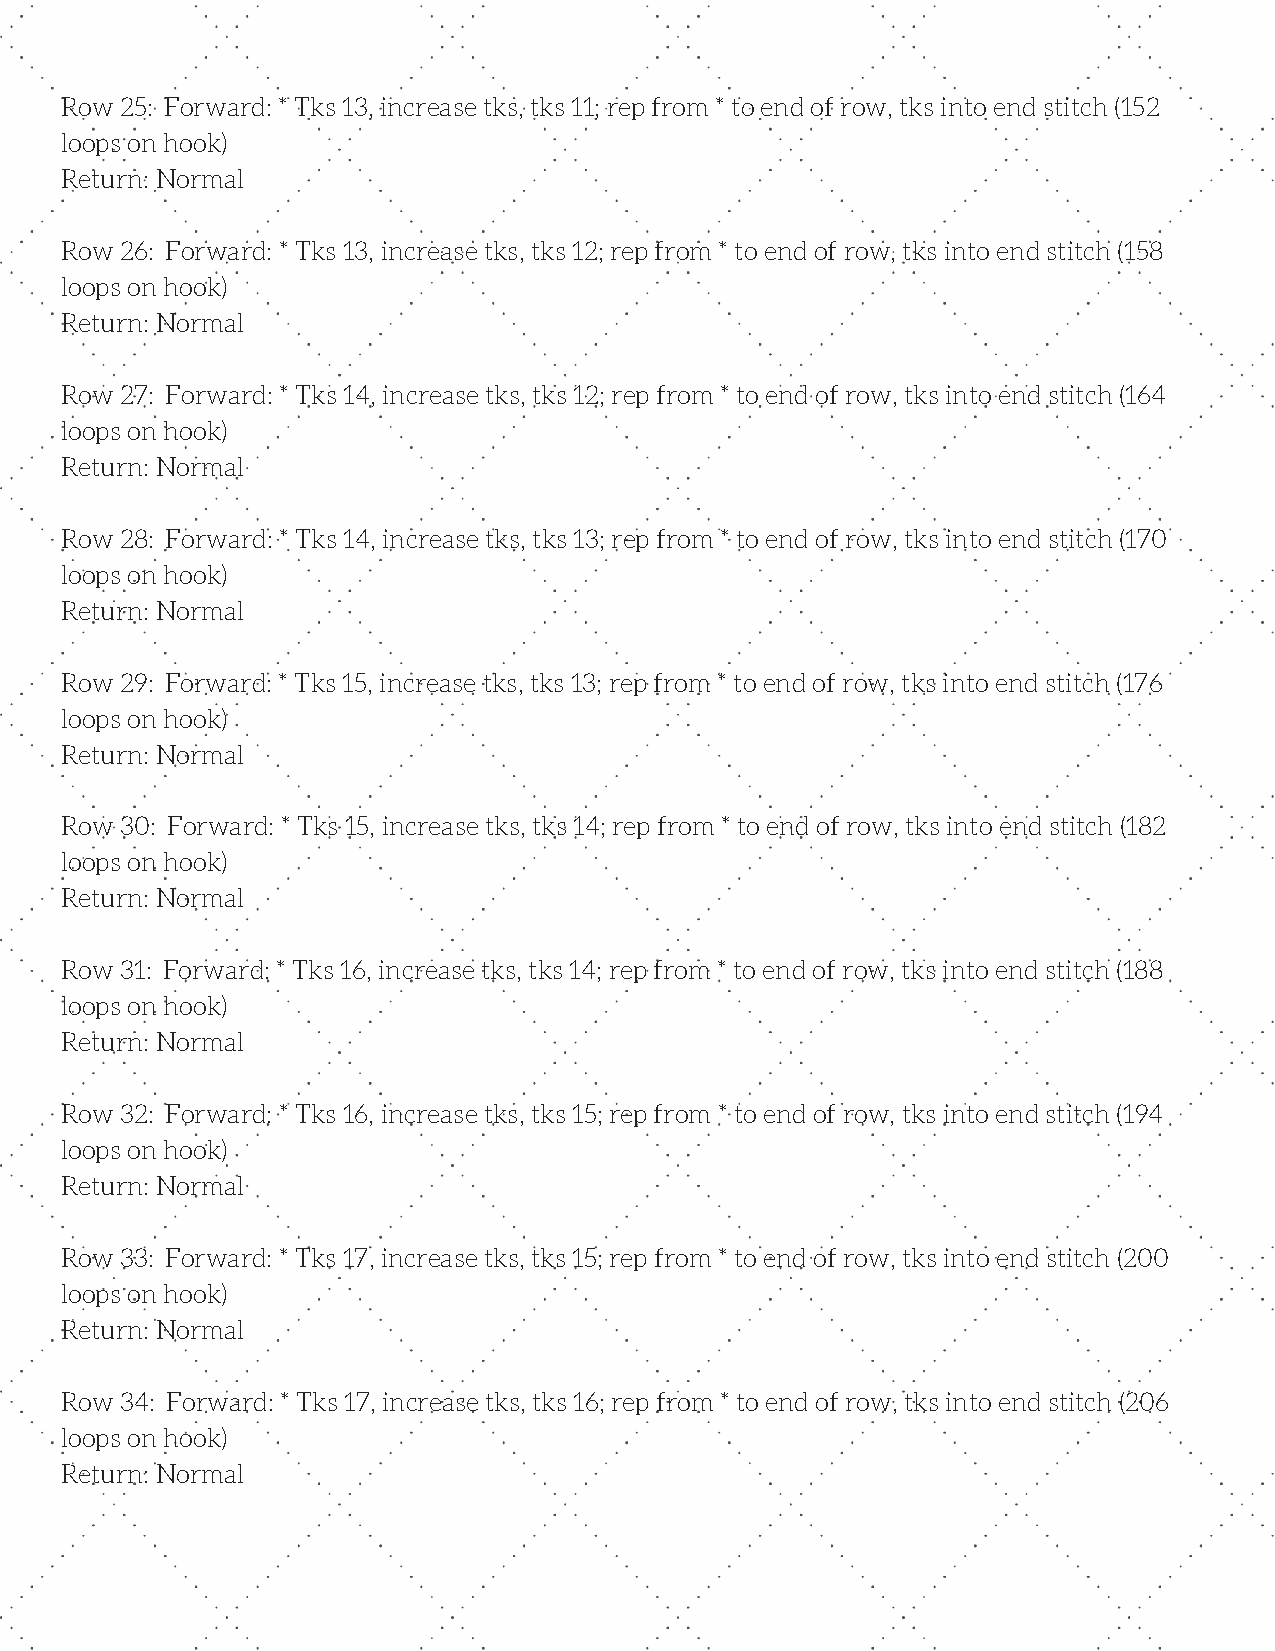
Row 25: Forward: * Tks 13, increase tks, tks 11; rep from * to end of row, tks into end stitch (152
 loops on hook)
 Return: Normal
 Row 26: Forward: * Tks 13, increase tks, tks 12; rep from * to end of row, tks into end stitch (158
 loops on hook)
 Return: Normal
 Row 27: Forward: * Tks 14, increase tks, tks 12; rep from * to end of row, tks into end stitch (164
 loops on hook)
 Return: Normal
 Row 28: Forward: * Tks 14, increase tks, tks 13; rep from * to end of row, tks into end stitch (170
 loops on hook)
 Return: Normal
 Row 29: Forward: * Tks 15, increase tks, tks 13; rep from * to end of row, tks into end stitch (176
 loops on hook)
 Return: Normal
 Row 30: Forward: * Tks 15, increase tks, tks 14; rep from * to end of row, tks into end stitch (182
 loops on hook)
 Return: Normal
 Row 31: Forward: * Tks 16, increase tks, tks 14; rep from * to end of row, tks into end stitch (188
 loops on hook)
 Return: Normal
 Row 32: Forward: * Tks 16, increase tks, tks 15; rep from * to end of row, tks into end stitch (194
 loops on hook)
 Return: Normal
 Row 33: Forward: * Tks 17, increase tks, tks 15; rep from * to end of row, tks into end stitch (200
 loops on hook)
 Return: Normal
 Row 34: Forward: * Tks 17, increase tks, tks 16; rep from * to end of row, tks into end stitch (206
 loops on hook)
 Return: Normal